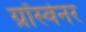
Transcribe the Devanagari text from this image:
ग्रॉस्वेनर